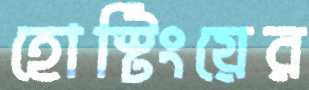
হোস্টিংয়ের